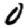
Digit: 0